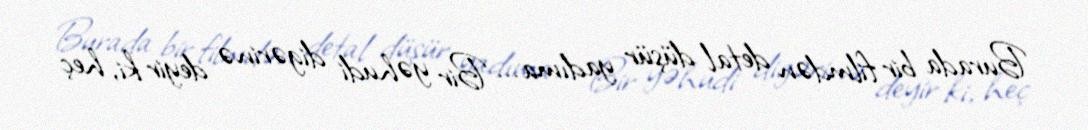
Burada bir filmdən detal düşür yadıma... Bir yəhudi digərinə deyir ki, heç